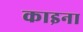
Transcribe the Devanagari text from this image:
काइना